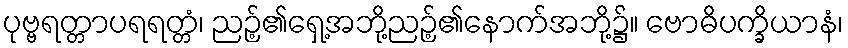
ပုဗ္ဗရတ္တာပရရတ္တံ၊ ညဉ့်၏ရှေ့အဘို့ညဉ့်၏နောက်အဘို့၌။ ဗောဓိပက္ခိယာနံ၊